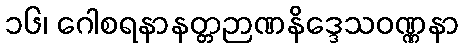
၁၆၊ ဂေါစရနာနတ္တဉာဏနိဒ္ဒေသဝဏ္ဏနာ